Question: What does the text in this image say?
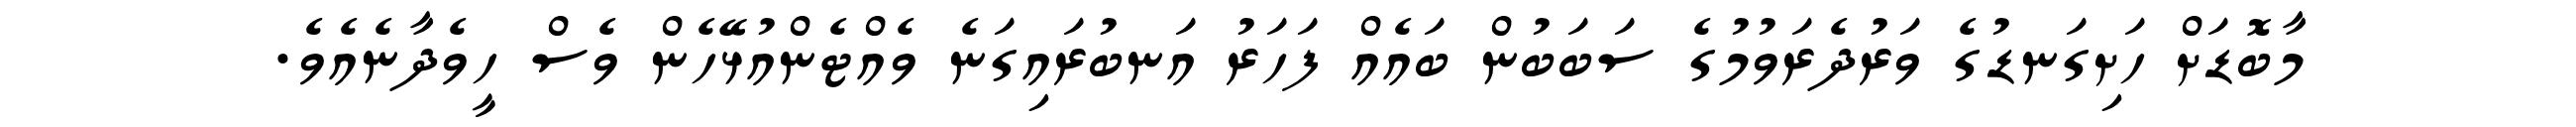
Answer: މާބޮޑަށް ހަށިގަނޑުގެ ވަރުދެރަވުމުގެ ސަބަބުން ބައެއް ފަހަރު އަނބުރައިގަނެ ވެއްޓެންއުޅޭހެން ވެސް ހީވެދާނެއެވެ.